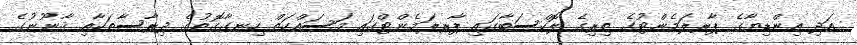
އަދި އިންޑިޔާގެ ޕާރލަމެންޓުގެ ތިރިގެ ލޮކްސަބާގައި ޕާރލަމެންޓްގައި މަސައްކަތް ހިނގާގޮތުގެ ދިރާސާތަކާއި ޤާނޫނުގެ